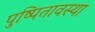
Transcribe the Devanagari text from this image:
पुष्पितावस्था